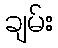
ချမ်း